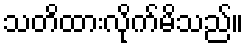
သတိထားလိုက်မိသည်။